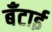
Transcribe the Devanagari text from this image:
बँटाई